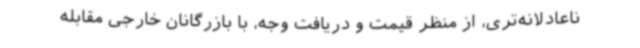
ناعادلانه‌تری، از منظر قیمت و دریافت وجه، با بازرگانان خارجی مقابله